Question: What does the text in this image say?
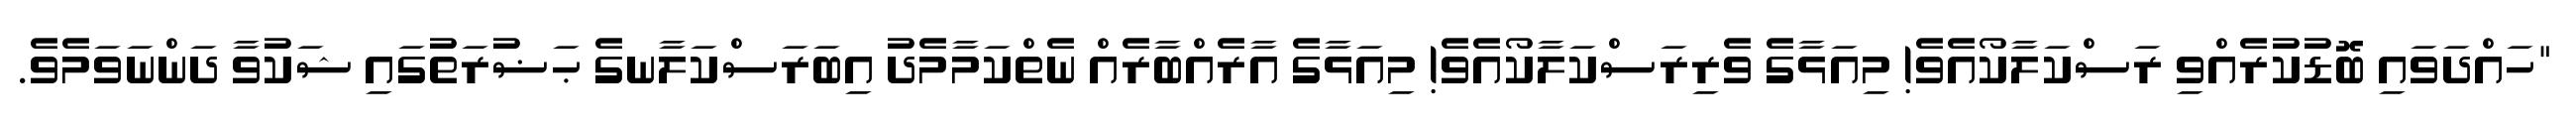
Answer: "ހައްދަވައި ބޮޑުކުރެއްވި ރަސްކަލާކޯއެވެ! މިއަޅާގެ ވެރިރަސްކަލާކޯއެވެ! މިއަޅާގެ އާރެއްބާރެއް ނެތްކަމާމެދު އިބަރަސްކަލާނގެ ޙަޟުރަތުގައި ޝަކުވާ ދަންނަވަމެވެ.